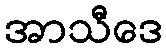
အာသီဒေ